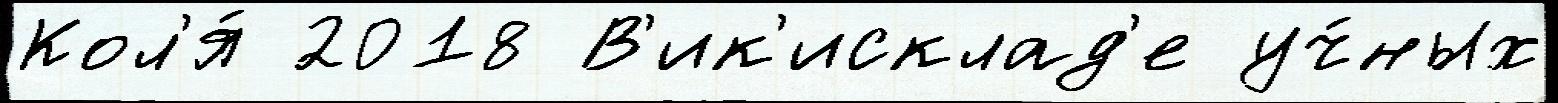
Кол'я́ 2018 В'ик'исклад'е уч́ных